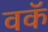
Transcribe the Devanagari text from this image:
वकॅ